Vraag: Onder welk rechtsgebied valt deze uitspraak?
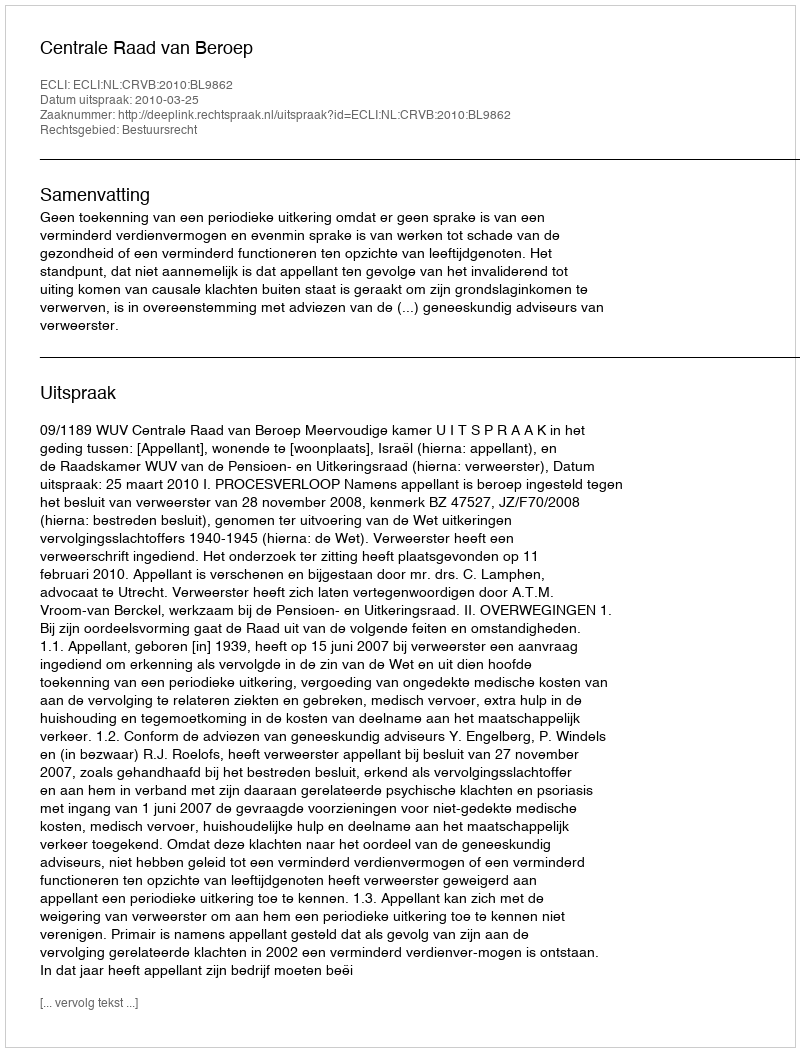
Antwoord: Bestuursrecht